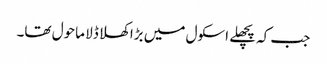
جب کہ پچھلے اسکول میں بڑا کھلا ڈلا ماحول تھا۔